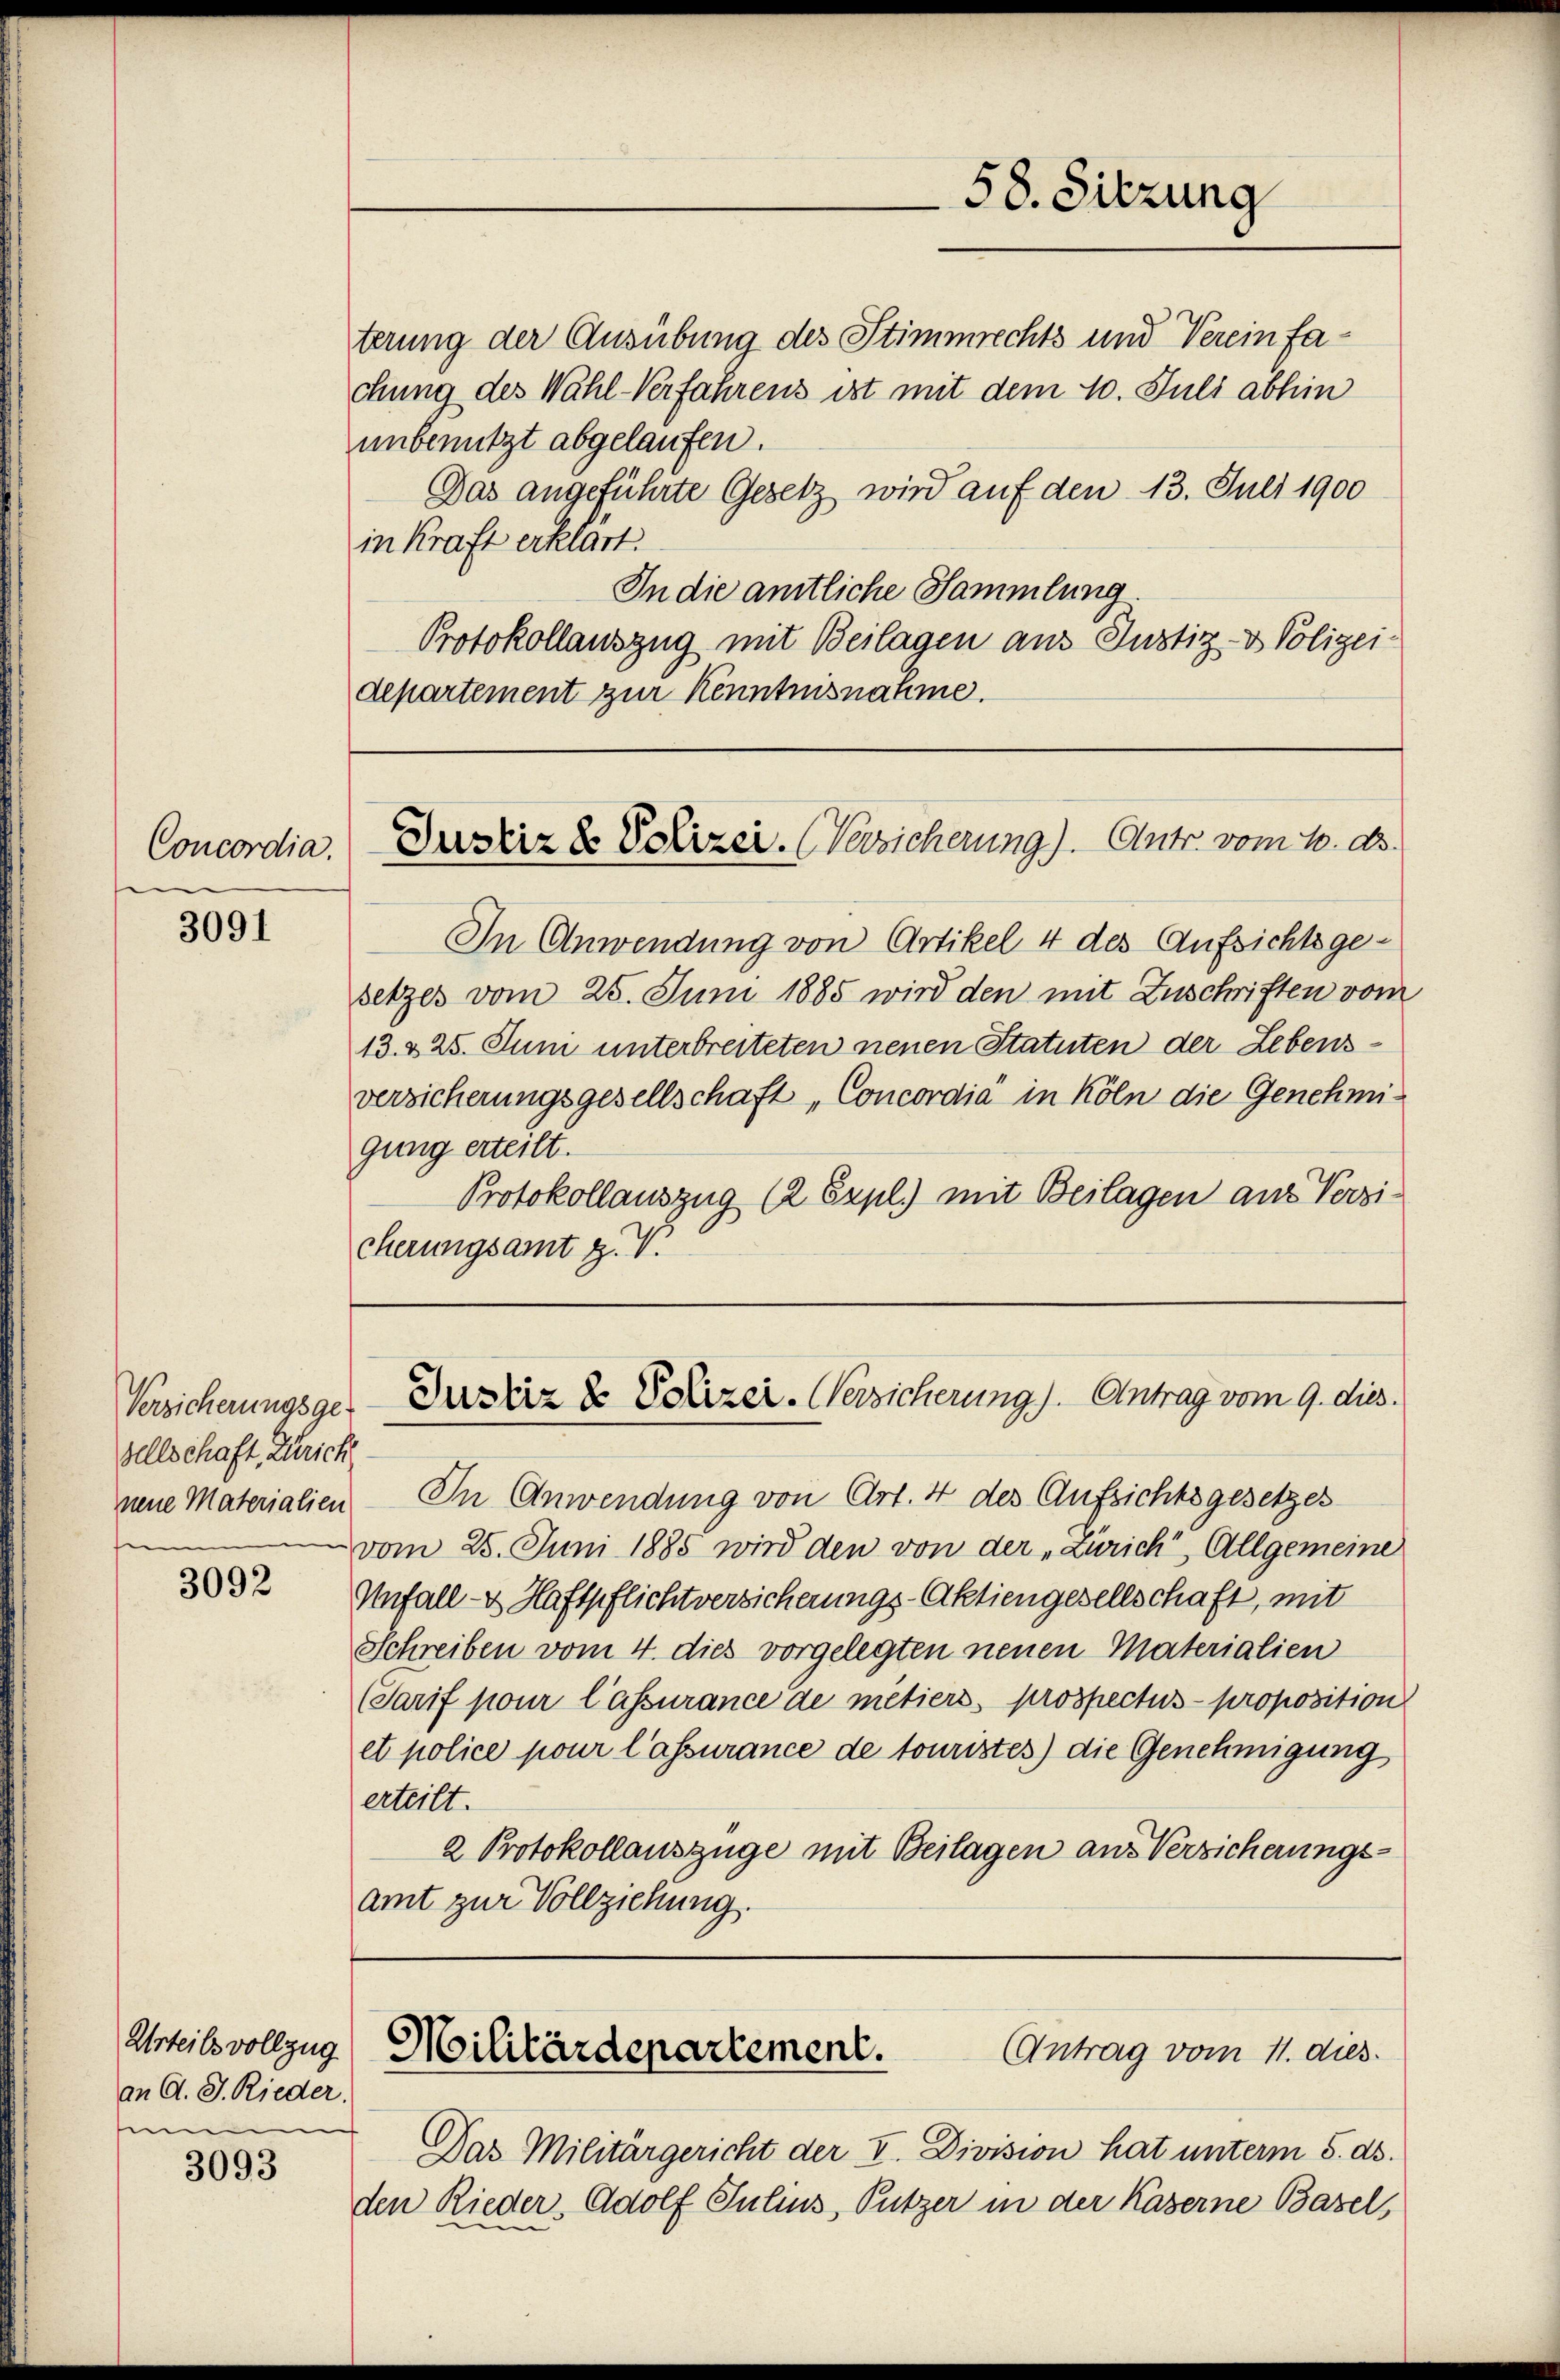
Concordia.

3091

Versicherungsge-
sellschaft, Zürich
nene Materialien
s

3092

Urteils vollzug
an C. J. Rieder.
m

3093

terung der Ausübung des Stimmrechts und Vereinfachung des Wahl-Verfahrens ist mit dem 10. Juli abhin
unbenutzt abgelaufen.
Das angeführte Gesetz wird auf den 13. Juli 1900
in Kraft erklärt.
In die amtliche Sammlung
Protokollauszug mit Beilagen aus Justiz- & Polizei
departement zur Kenntnisnahme.

58. Sitzung

Justiz & Polizei. (Versicherung). Antr. vom 10. ds.

In Anwendung von Artikel 4 des Aufsichtsgesetzes vom 25. Juni 1885 wird den mit Zuschriften vom
13. 225. Juni unterbreiteten neuen Statuten der Lebensversicherungsgesellschaft „Concordia in Köln die Genehmigung erteilt.
Protokollauszug (2 Expl.) mit Beilagen aus Verzi-
cherungsamt z. V.

Justiz & Polizei- Versicherung). Antrag vom 9. dies.

In Anwendung von Art. 4 des Aufsichtsgesetzes
vom 25. Juni 1885 wird den von der „Zürich, Allgemeine
Unfall- & Haftpflichtversicherungs-Aktiengesellschaft, mit
Schreiben vom 4. dies vorgelegten neuen Materialien
Tarif pour l’assurance de métiers prospectus proposition
et police pour l’assurance de touristes) die Genehmigung
erteilt.
2 Protokollauszüge mit Beilagen aus Versicherungsamt zur Vollziehung.
Militärdepartement.
Antrag vom 11. dies.
Das Militärgericht der V. Division hat unterm 5. ds.
den Rieder, Adolf Julius, Putzer in der Kaserne Basel,